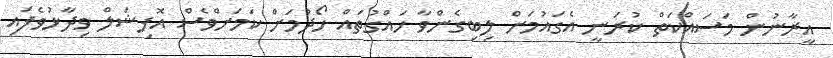
އީރާނުން މަސައްކަތް ކުރަނީ އެގައުމަށް ލިބިގެންވާ ހައްގުތައް ހޯދުމަށް ކަމަށްވެސް އޮފިޝަލް ވިދާޅުވެފައި